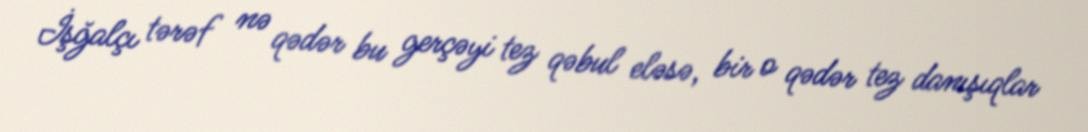
İşğalçı tərəf nə qədər bu gerçəyi tez qəbul eləsə, bir o qədər tez danışıqlar